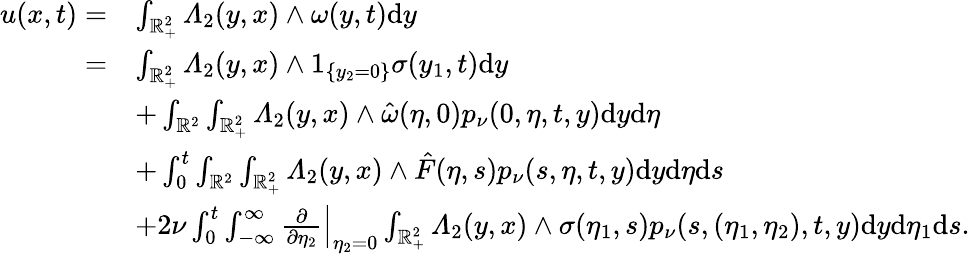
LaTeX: \begin{array}{rl}{u(x,t)=}&{\int_{\mathbb{R}_{+}^{2}}\varLambda_{2}(y,x)\wedge\omega(y,t)\mathrm{d}y}\\ {=}&{\int_{\mathbb{R}_{+}^{2}}\varLambda_{2}(y,x)\wedge 1_{\{ y_{2}=0\} }\sigma(y_{1},t)\mathrm{d}y}\\ &{+\int_{\mathbb{R}^{2}}\int_{\mathbb{R}_{+}^{2}}\varLambda_{2}(y,x)\wedge\hat{\omega}(\eta,0)p_{\nu}(0,\eta,t,y)\mathrm{d}y\mathrm{d}\eta}\\ &{+\int_{0}^{t}\int_{\mathbb{R}^{2}}\int_{\mathbb{R}_{+}^{2}}\varLambda_{2}(y,x)\wedge\hat{F}(\eta,s)p_{\nu}(s,\eta,t,y)\mathrm{d}y\mathrm{d}\eta\mathrm{d}s}\\ &{+2\nu\int_{0}^{t}\int_{-\infty}^{\infty}\left.\frac{\partial}{\partial\eta_{2}}\right|_{\eta_{2}=0}\int_{\mathbb{R}_{+}^{2}}\varLambda_{2}(y,x)\wedge\sigma(\eta_{1},s)p_{\nu}(s,(\eta_{1},\eta_{2}),t,y)\mathrm{d}y\mathrm{d}\eta_{1}\mathrm{d}s.}\end{array}